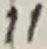
Text: 11